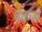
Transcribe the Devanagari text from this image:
पेकस